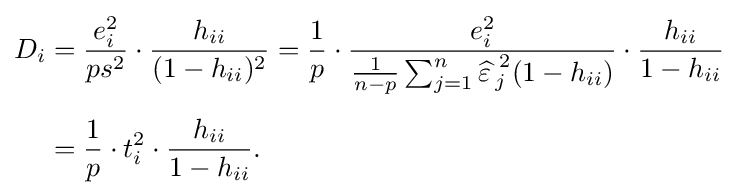
{\begin{aligned}D_{i}&={\frac {e_{i}^{2}}{ps^{2}}}\cdot {\frac {h_{ii}}{(1-h_{ii})^{2}}}={\frac {1}{p}}\cdot {\frac {e_{i}^{2}}{{1 \over n-p}\sum _{j=1}^{n}{\widehat {\varepsilon \,}}_{j}^{\,2}(1-h_{ii})}}\cdot {\frac {h_{ii}}{1-h_{ii}}}\\[5pt]&={\frac {1}{p}}\cdot t_{i}^{2}\cdot {\frac {h_{ii}}{1-h_{ii}}}.\end{aligned}}